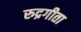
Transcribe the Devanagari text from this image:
रुद्रगीता